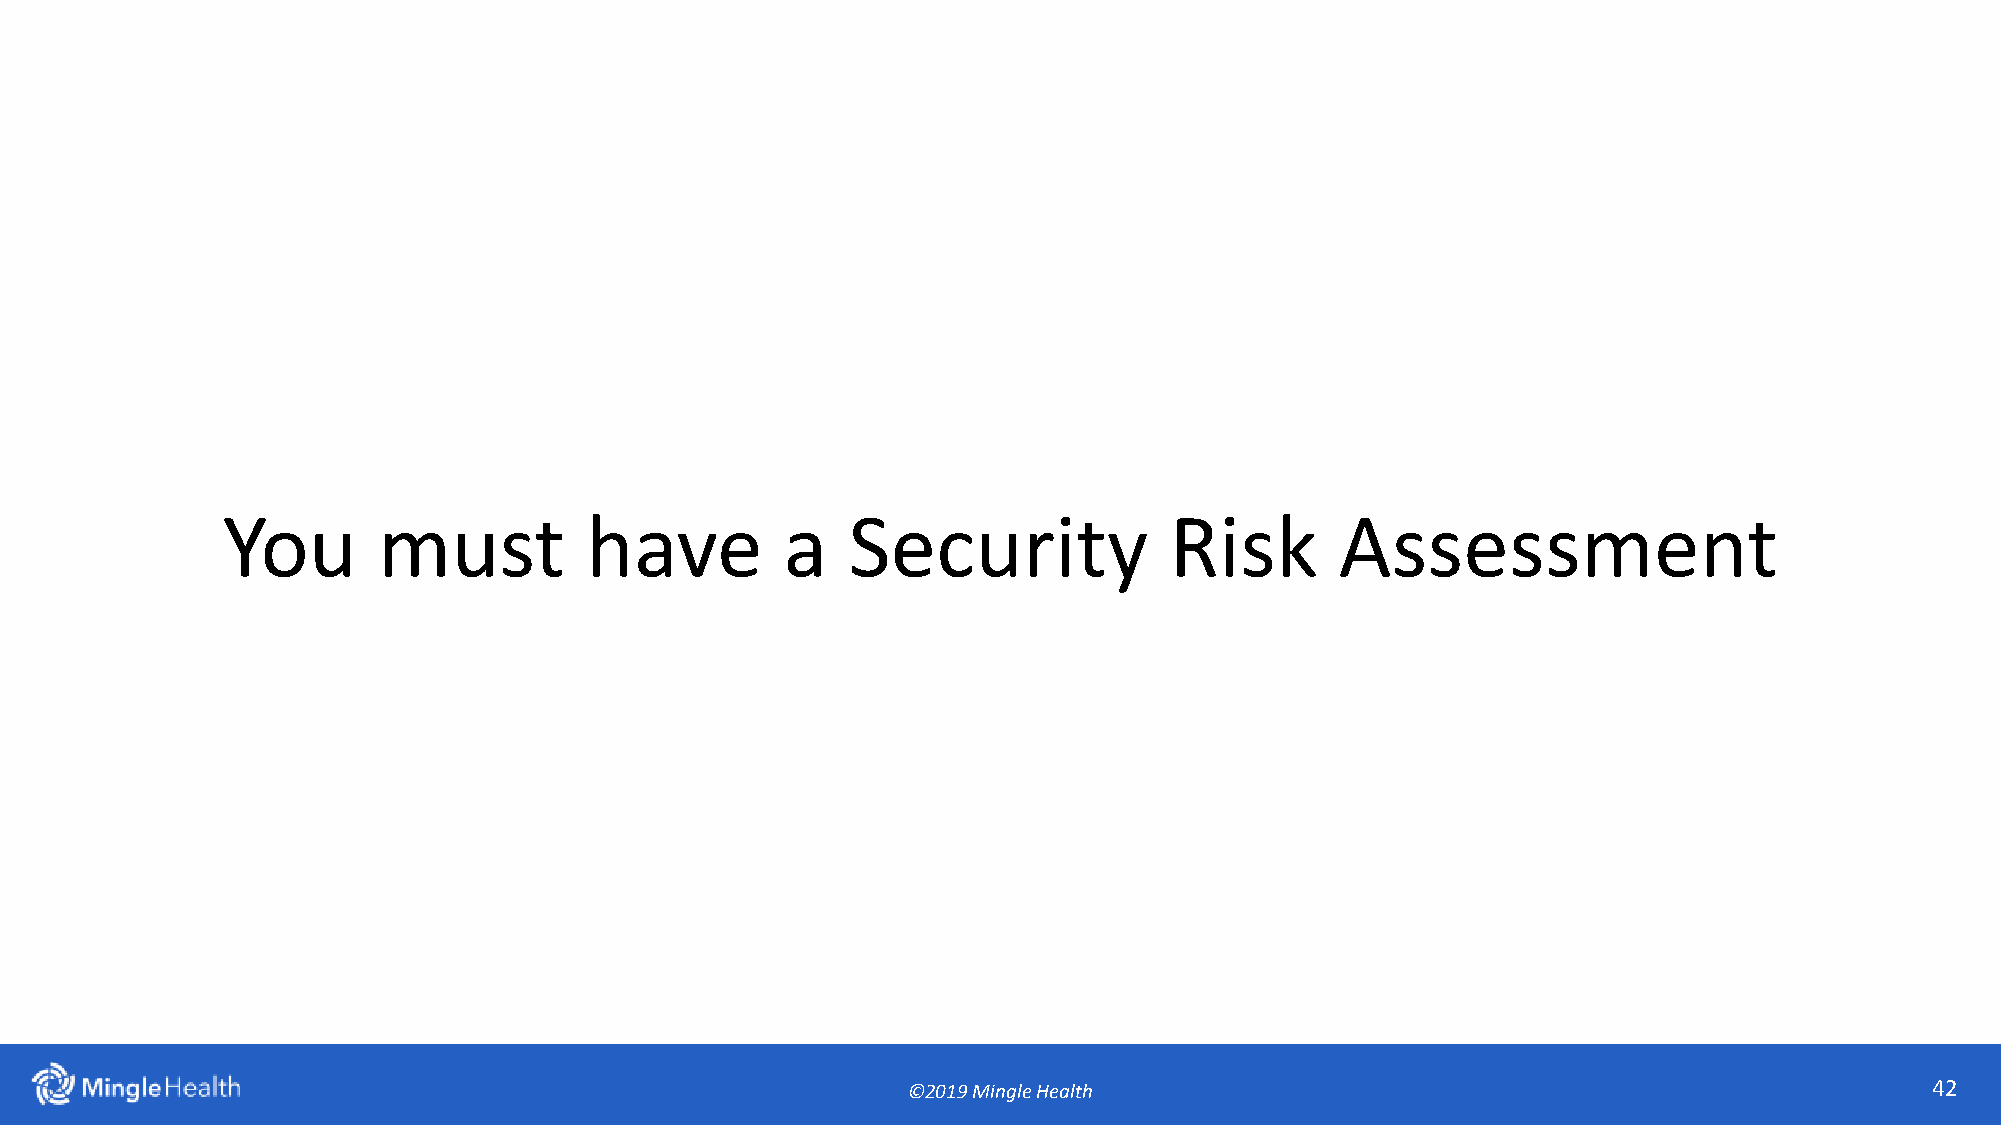
You       must          have         a   Security             Risk        Assessment
 ©2019 Mingle Health                                                 42